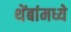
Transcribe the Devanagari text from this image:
थेंबांमध्ये